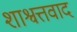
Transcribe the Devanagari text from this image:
शाश्वत्तवाद